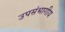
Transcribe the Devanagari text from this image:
उपसंभागीय